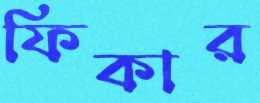
ফিকার